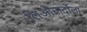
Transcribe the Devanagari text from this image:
लिओनार्दोला